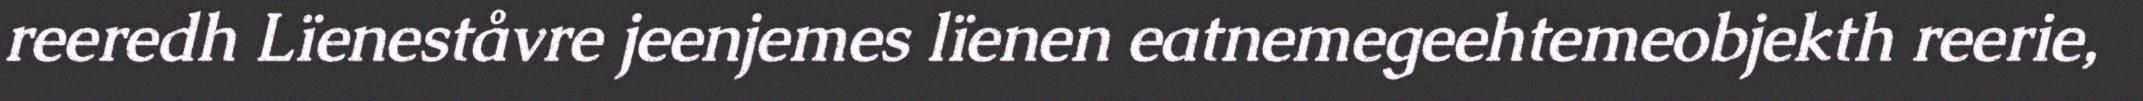
reeredh Lïeneståvre jeenjemes lïenen eatnemegeehtemeobjekth reerie,